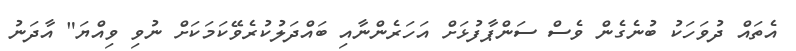
އެތައް ދުވަހަކު ބުނެގެން ވެސް ސަންޕާފުޅަށް އަހަރެންނާއި ބައްދަލުކުރެވޭކަމަކަށް ނުވި ވިއްޔަ" އާދަނު